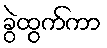
ခွဲထွက်ကာ